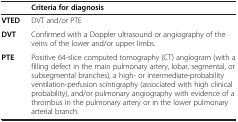
|  | Criteria for diagnosis |
 | --- | --- |
 | VTED | DVT and/or PTE |
 | DVT | Confirmed with a Doppler ultrasound or angiography of the veins of the lower and/or upper limbs. |
 | PTE | Positive 64-slice computed tomography (CT) angiogram (with a filling defect in the main pulmonary artery, lobar, segmental, or subsegmental branches), a high- or intermediate-probability ventilation-perfusion scintigraphy (associated with high clinical probability), and/or pulmonary angiography with evidence of a thrombus in the pulmonary artery or in the lower pulmonary arterial branch. |